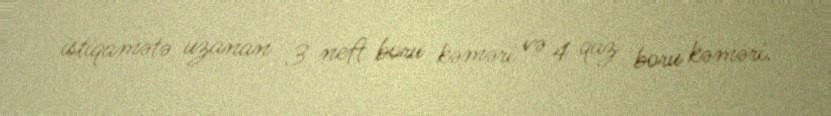
istiqamətə uzanan 3 neft boru kəməri və 4 qaz boru kəməri.